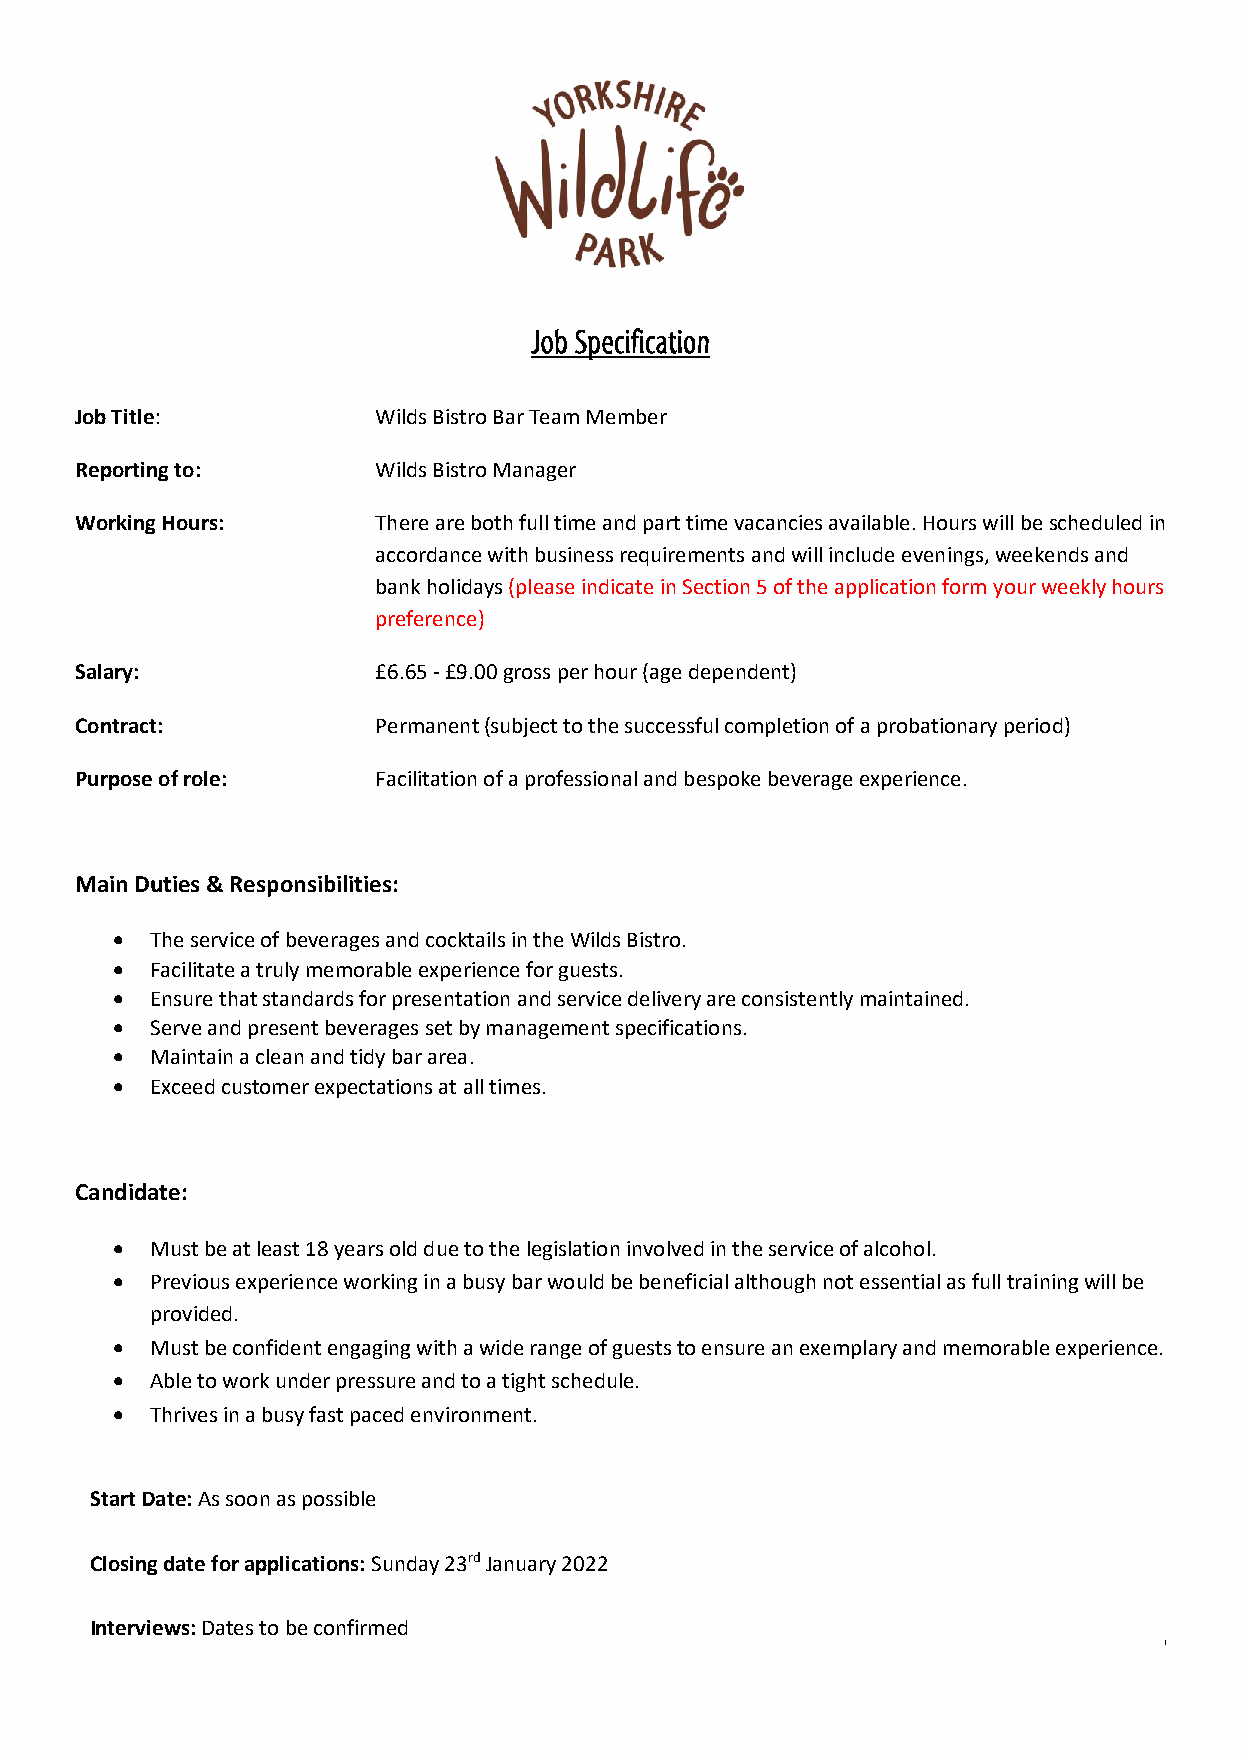
Job Title:          Wilds Bistro Bar Team Member
 Reporting to:       Wilds Bistro Manager
 Working Hours:      There are both full time and part time vacancies available. Hours will be scheduled in
 accordance with business requirements and will include evenings, weekends and
 bank holidays (please indicate in Section 5 of the application form your weekly hours
 preference)
 Salary:             £6.65 - £9.00 gross per hour (age dependent)
 Contract:           Permanent (subject to the successful completion of a probationary period)
 Purpose of role:    Facilitation of a professional and bespoke beverage experience.
 Main Duties & Responsibilities:
 •  The service of beverages and cocktails in the Wilds Bistro.
 •  Facilitate a truly memorable experience for guests.
 •  Ensure that standards for presentation and service delivery are consistently maintained.
 •  Serve and present beverages set by management specifications.
 •  Maintain a clean and tidy bar area.
 •  Exceed customer expectations at all times.
 Candidate:
 •  Must be at least 18 years old due to the legislation involved in the service of alcohol.
 •  Previous experience working in a busy bar would be beneficial although not essential as full training will be
 provided.
 •  Must be confident engaging with a wide range of guests to ensure an exemplary and memorable experience.
 •  Able to work under pressure and to a tight schedule.
 •  Thrives in a busy fast paced environment.
 Start Date: As soon as possible
 Closing date for applications: Sunday 23rd January 2022
 Interviews: Dates to be confirmed
 Page 5 of 6